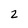
Character: 2